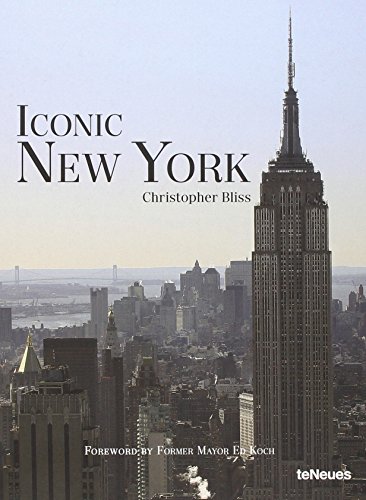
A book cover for Iconic New York (English, German, French, Spanish and Italian Edition); Arts & Photography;